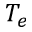
T _ { e }